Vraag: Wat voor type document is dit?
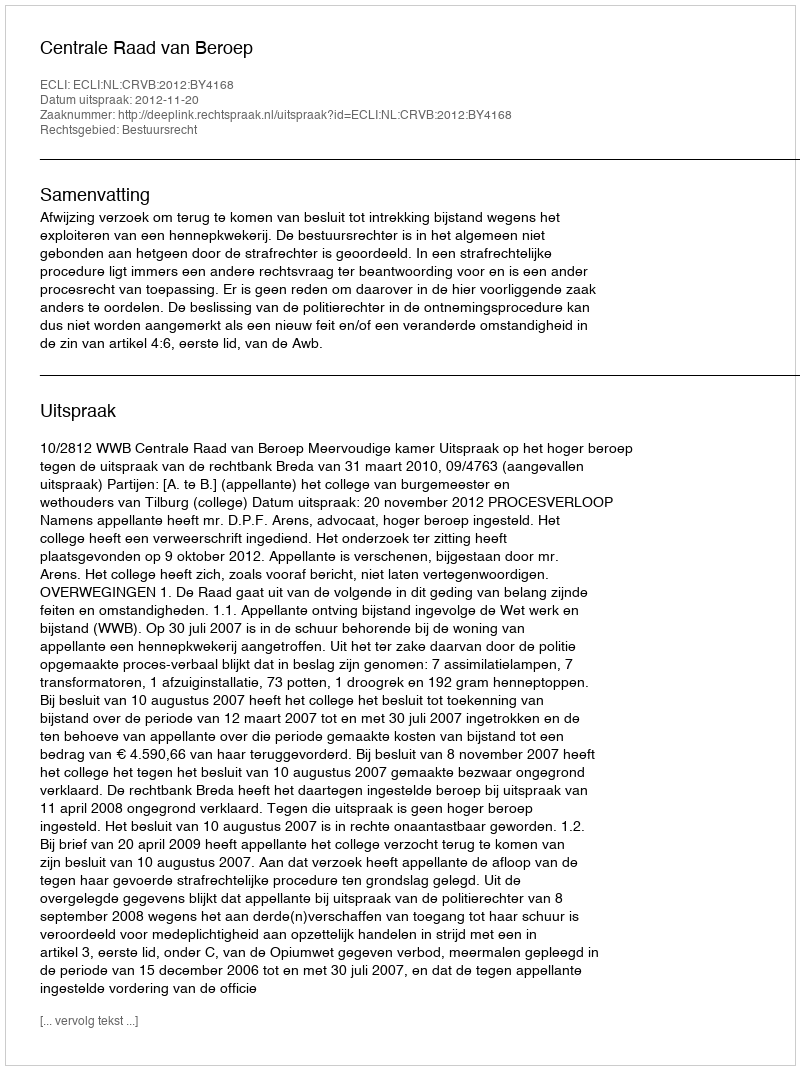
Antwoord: Uitspraak